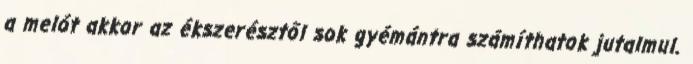
a melót akkor az ékszerésztől sok gyémántra számíthatok jutalmul.